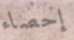
إحصاء